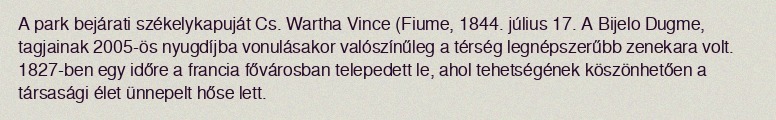
A park bejárati székelykapuját Cs. Wartha Vince (Fiume, 1844. július 17. A Bijelo Dugme, tagjainak 2005-ös nyugdíjba vonulásakor valószínűleg a térség legnépszerűbb zenekara volt. 1827-ben egy időre a francia fővárosban telepedett le, ahol tehetségének köszönhetően a társasági élet ünnepelt hőse lett.